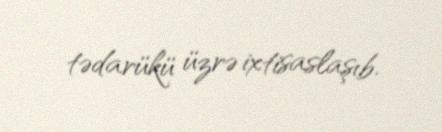
tədarükü üzrə ixtisaslaşıb.